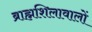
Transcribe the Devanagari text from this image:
ब्राह्मशिलावालों